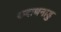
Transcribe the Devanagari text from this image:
कदाथनाडु